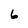
Character: 6